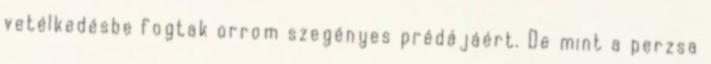
vetélkedésbe fogtak orrom szegényes prédájáért. De mint a perzsa